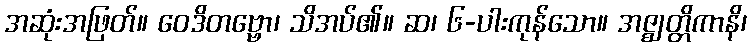
အဆုံးအဖြတ်။ ဝေဒိတဗ္ဗော၊ သိအပ်၏။ ဆ၊ ၆-ပါးကုန်သော။ အဇ္ဈတ္တိကာနိ၊